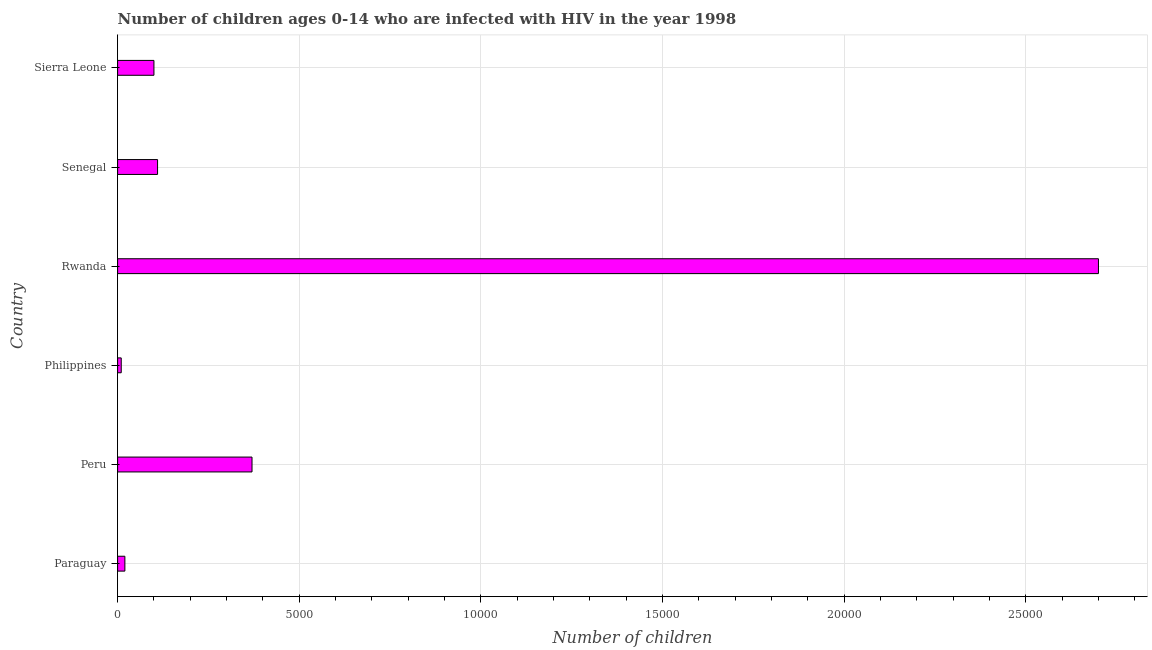
| Country | Children (0-14) living with HIV |
 | --- | --- |
 | Paraguay | 200 |
 | Peru | 3.7e+03 |
 | Philippines | 100 |
 | Rwanda | 2.7e+04 |
 | Senegal | 1.1e+03 |
 | Sierra Leone | 1e+03 |